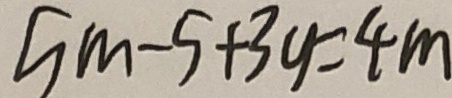
5 m - 5 + 3 y = 4 m